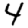
Digit: 4